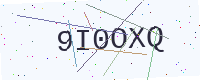
Text: 9I0OXQ